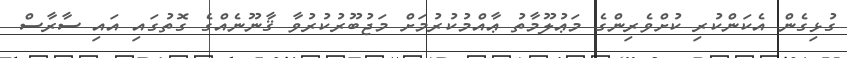
ގުޅިގެން އެކަންކުރި ކުށްވެރިންގެ މަޢުލޫމާތު ޢާއްމުކުރުމަށް މަޖުބޫރުކުރުވާ ޤާނޫނެއްގެ ގޮތުގައި އައި ސާރާސް